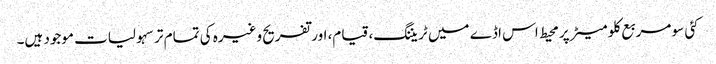
کئی سو مربع کلو میٹر پر محیط اس اڈے میں ٹریننگ، قیام، اور تفریح وغیرہ کی تمام تر سہولیات موجود ہیں۔